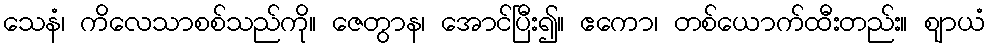
သေနံ၊ ကိလေသာစစ်သည်ကို။ ဇေတွာန၊ အောင်ပြီး၍။ ဧကော၊ တစ်ယောက်ထီးတည်း။ ဈာယံ